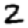
Digit: 2